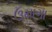
ઉમાગા